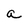
Character: a